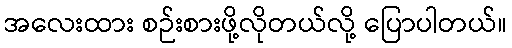
အလေးထား စဉ်းစားဖို့လိုတယ်လို့ ပြောပါတယ်။